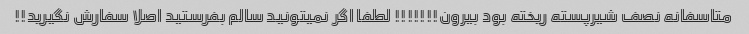
متاسفانه نصف شیرپسته ریخته بود بیرون!!!!!!! لطفا اگر نمیتونید سالم بفرستید اصلا سفارش نگیرید!!